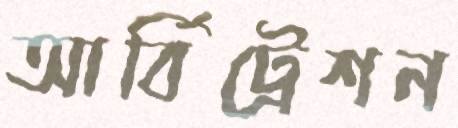
আর্বিট্রেশন